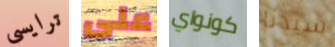
ترايسي على كونواي سيدنا